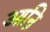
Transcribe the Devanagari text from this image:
आन्रि